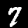
Digit: 7